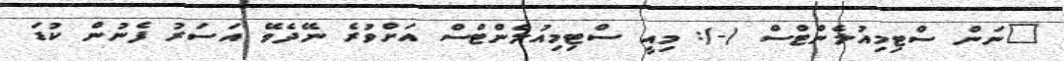
ނަން ސްޓިމިއުލެންޓްސް (-): މިއީ ސްޓިމިއުލެންޓްސް އަށްވުރެ ނޭދެވޭ އަސަރު ފެނުން ކުޑަ